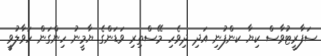
ސަފާރީޓުވާސް ކިޔާ ކންފުނި އަދި ދިވެހި މޭސްތިރި ވަޑަންގެ ޔާމީނު ހިންގަން ހަވާލުވީ